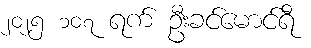
၂၀၂၅ ၁၀၇ ရက် ဦးခင်မောင်ရီ